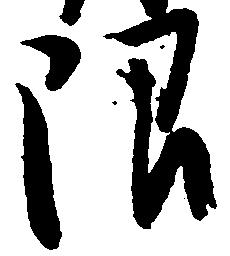
限